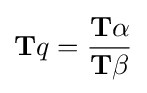
\mathbf {T} q={\frac {\mathbf {T} \alpha }{\mathbf {T} \beta }}